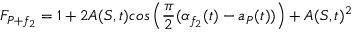
F _ { P + f _ { 2 } } = 1 + 2 A ( S , t ) c o s \left( \frac { \pi } { 2 } ( \alpha _ { f _ { 2 } } ( t ) - a _ { P } ( t ) ) \right) + A ( S , t ) ^ { 2 }